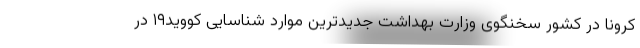
کرونا در کشور سخنگوی وزارت بهداشت جدیدترین موارد شناسایی کووید۱۹ در